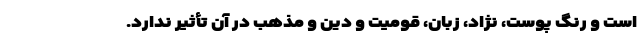
است و رنگ پوست، نژاد، زبان، قومیت و دین و مذهب در آن تأثیر ندارد.